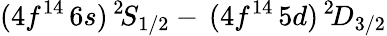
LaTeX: (4f^{14}\, 6s)\, ^{2}\! S_{1/2}-\, (4f^{14}\, 5d)\, ^{2}\! D_{3/2}